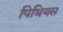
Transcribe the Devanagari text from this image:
पिथियस